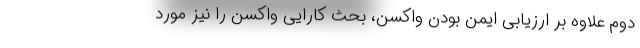
دوم علاوه بر ارزیابی ایمن بودن واکسن، بحث کارایی واکسن را نیز مورد